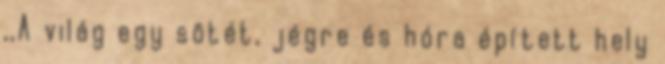
,,A világ egy sötét, jégre és hóra épített hely